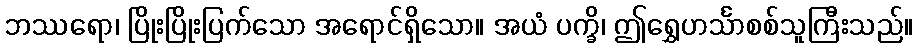
ဘဿရော၊ ပြိုးပြိုးပြက်သော အရောင်ရှိသော။ အယံ ပက္ခိ၊ ဤရွှေဟင်္သာစစ်သူကြီးသည်။